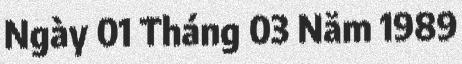
Ngày 01 Tháng 03 Năm 1989